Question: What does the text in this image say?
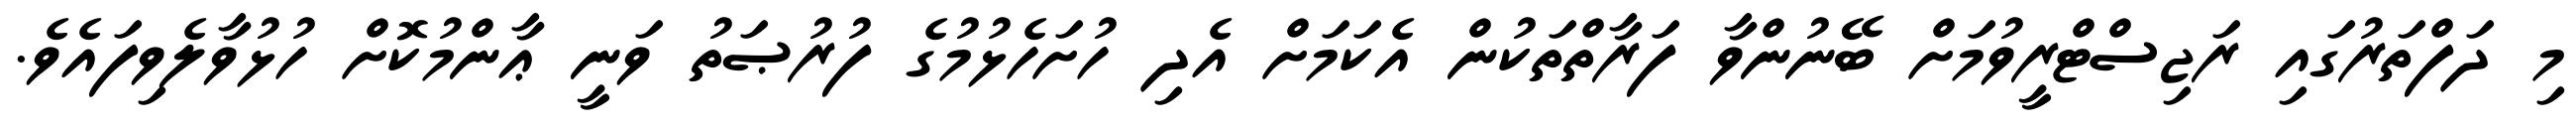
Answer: މި ދަފްތަރުގައި ރަޖިސްޓްރީވުމަށް ބޭނުންވާ ފަރާތްތަކުން އެކަމަށް އެދި ހުށަހެޅުމުގެ ފުރުޞަތު ވަނީ ޢާންމުކޮށް ހުޅުވާލެވިފައެވެ.